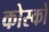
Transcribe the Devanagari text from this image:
कोस्को